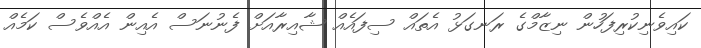
ކައިވެނިކުރިފަހުން ނިޒާމްގެ ރަނގަޅު އެތައް ސިފައެއް ޝާއިރާއަށް ފެނުނަސް އެއިން އެއްވެސް ކަމެއް